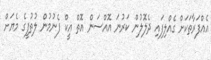
އެއްފަރާތަކަށް ގެއްލިފައި ދެލޮލުން ކަރުނަ އޮއްސަން އޮތް އީކް ފެނުމުން ލުތުފީގެ މެޔަށް